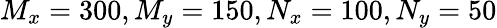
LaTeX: M_{x}=300,M_{y}=150,N_{x}=100,N_{y}=50